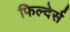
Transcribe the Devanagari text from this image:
फिल्देर्स